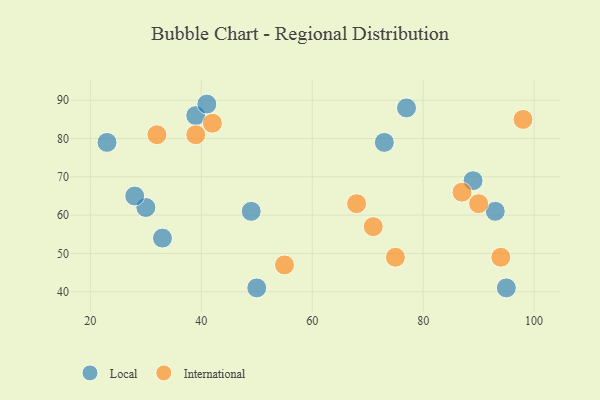
{"axis": {"x": "GDP", "y": "Life Expectancy"}, "legend": ["International", "Local"], "data": [{"x": "77", "y": 88, "type": "Local"}, {"x": "49", "y": 61, "type": "Local"}, {"x": "23", "y": 79, "type": "Local"}, {"x": "39", "y": 86, "type": "Local"}, {"x": "89", "y": 69, "type": "Local"}, {"x": "73", "y": 79, "type": "Local"}, {"x": "33", "y": 54, "type": "Local"}, {"x": "30", "y": 62, "type": "Local"}, {"x": "95", "y": 41, "type": "Local"}, {"x": "50", "y": 41, "type": "Local"}, {"x": "93", "y": 61, "type": "Local"}, {"x": "41", "y": 89, "type": "Local"}, {"x": "28", "y": 65, "type": "Local"}, {"x": "39", "y": 81, "type": "International"}, {"x": "94", "y": 49, "type": "International"}, {"x": "42", "y": 84, "type": "International"}, {"x": "87", "y": 66, "type": "International"}, {"x": "98", "y": 85, "type": "International"}, {"x": "55", "y": 47, "type": "International"}, {"x": "32", "y": 81, "type": "International"}, {"x": "75", "y": 49, "type": "International"}, {"x": "71", "y": 57, "type": "International"}, {"x": "68", "y": 63, "type": "International"}, {"x": "90", "y": 63, "type": "International"}]}